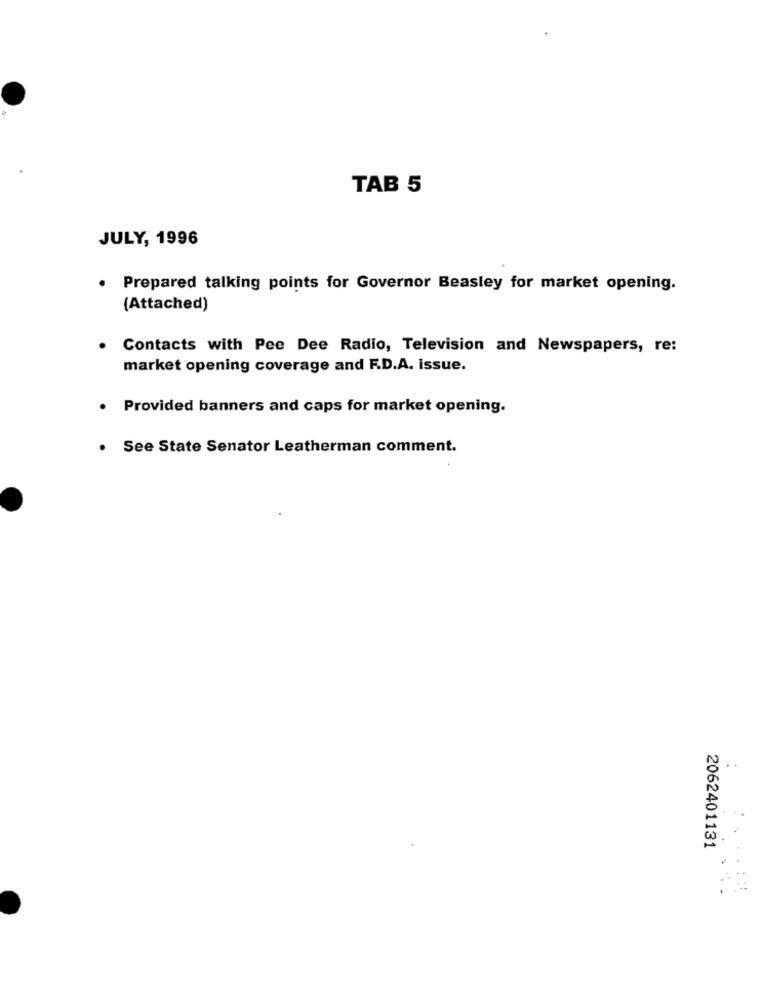
TAB 5
JULY, 1996
· Prepared talking points for Governor Beasley for market opening.
(Attached)
. Contacts with Pee Dee Radio, Television and Newspapers, re:
market opening coverage and F.D.A. issue.
· Provided banners and caps for market opening.
. See State Senator Leatherman comment.
2062401131